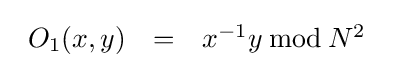
{\begin{array}{lcl}O_{1}(x,y)&=&x^{-1}y\,{\bmod {\,}}N^{2}\end{array}}